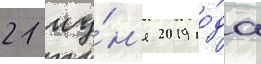
21 иу́н'я 2019 го́да